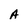
Character: A